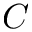
C